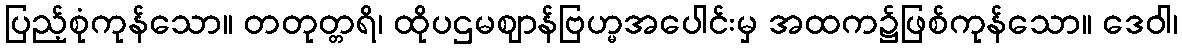
ပြည့်စုံကုန်သော။ တတုတ္တရိ၊ ထိုပဌမဈာန်ဗြဟ္မအပေါင်းမှ အထက၌ဖြစ်ကုန်သော။ ဒေဝါ၊